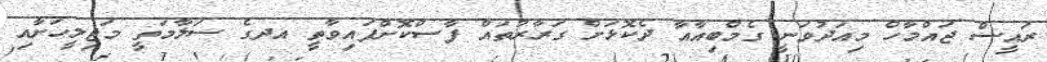
ރައީސް ޖައްމާހް މިއަދުވަނީ ގެމްބިއާއާ ދެކޮޅަށް ގަރާރުތައް ފާސްކޮށްފައިވާތީ އދގެ ސަލާމަތީ މަޖިލީހަށާއި